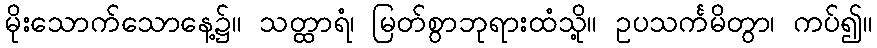
မိုးသောက်သောနေ့၌။ သတ္ထာရံ၊ မြတ်စွာဘုရားထံသို့။ ဥပသင်္ကမိတွာ၊ ကပ်၍။